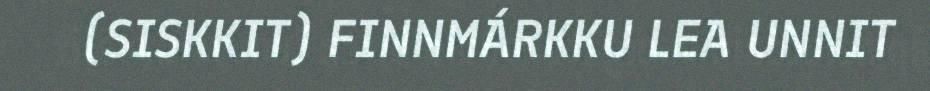
(SISKKIT) FINNMÁRKKU LEA UNNIT